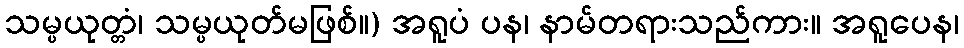
သမ္ပယုတ္တံ၊ သမ္ပယုတ်မဖြစ်။) အရူပံ ပန၊ နာမ်တရားသည်ကား။ အရူပေန၊